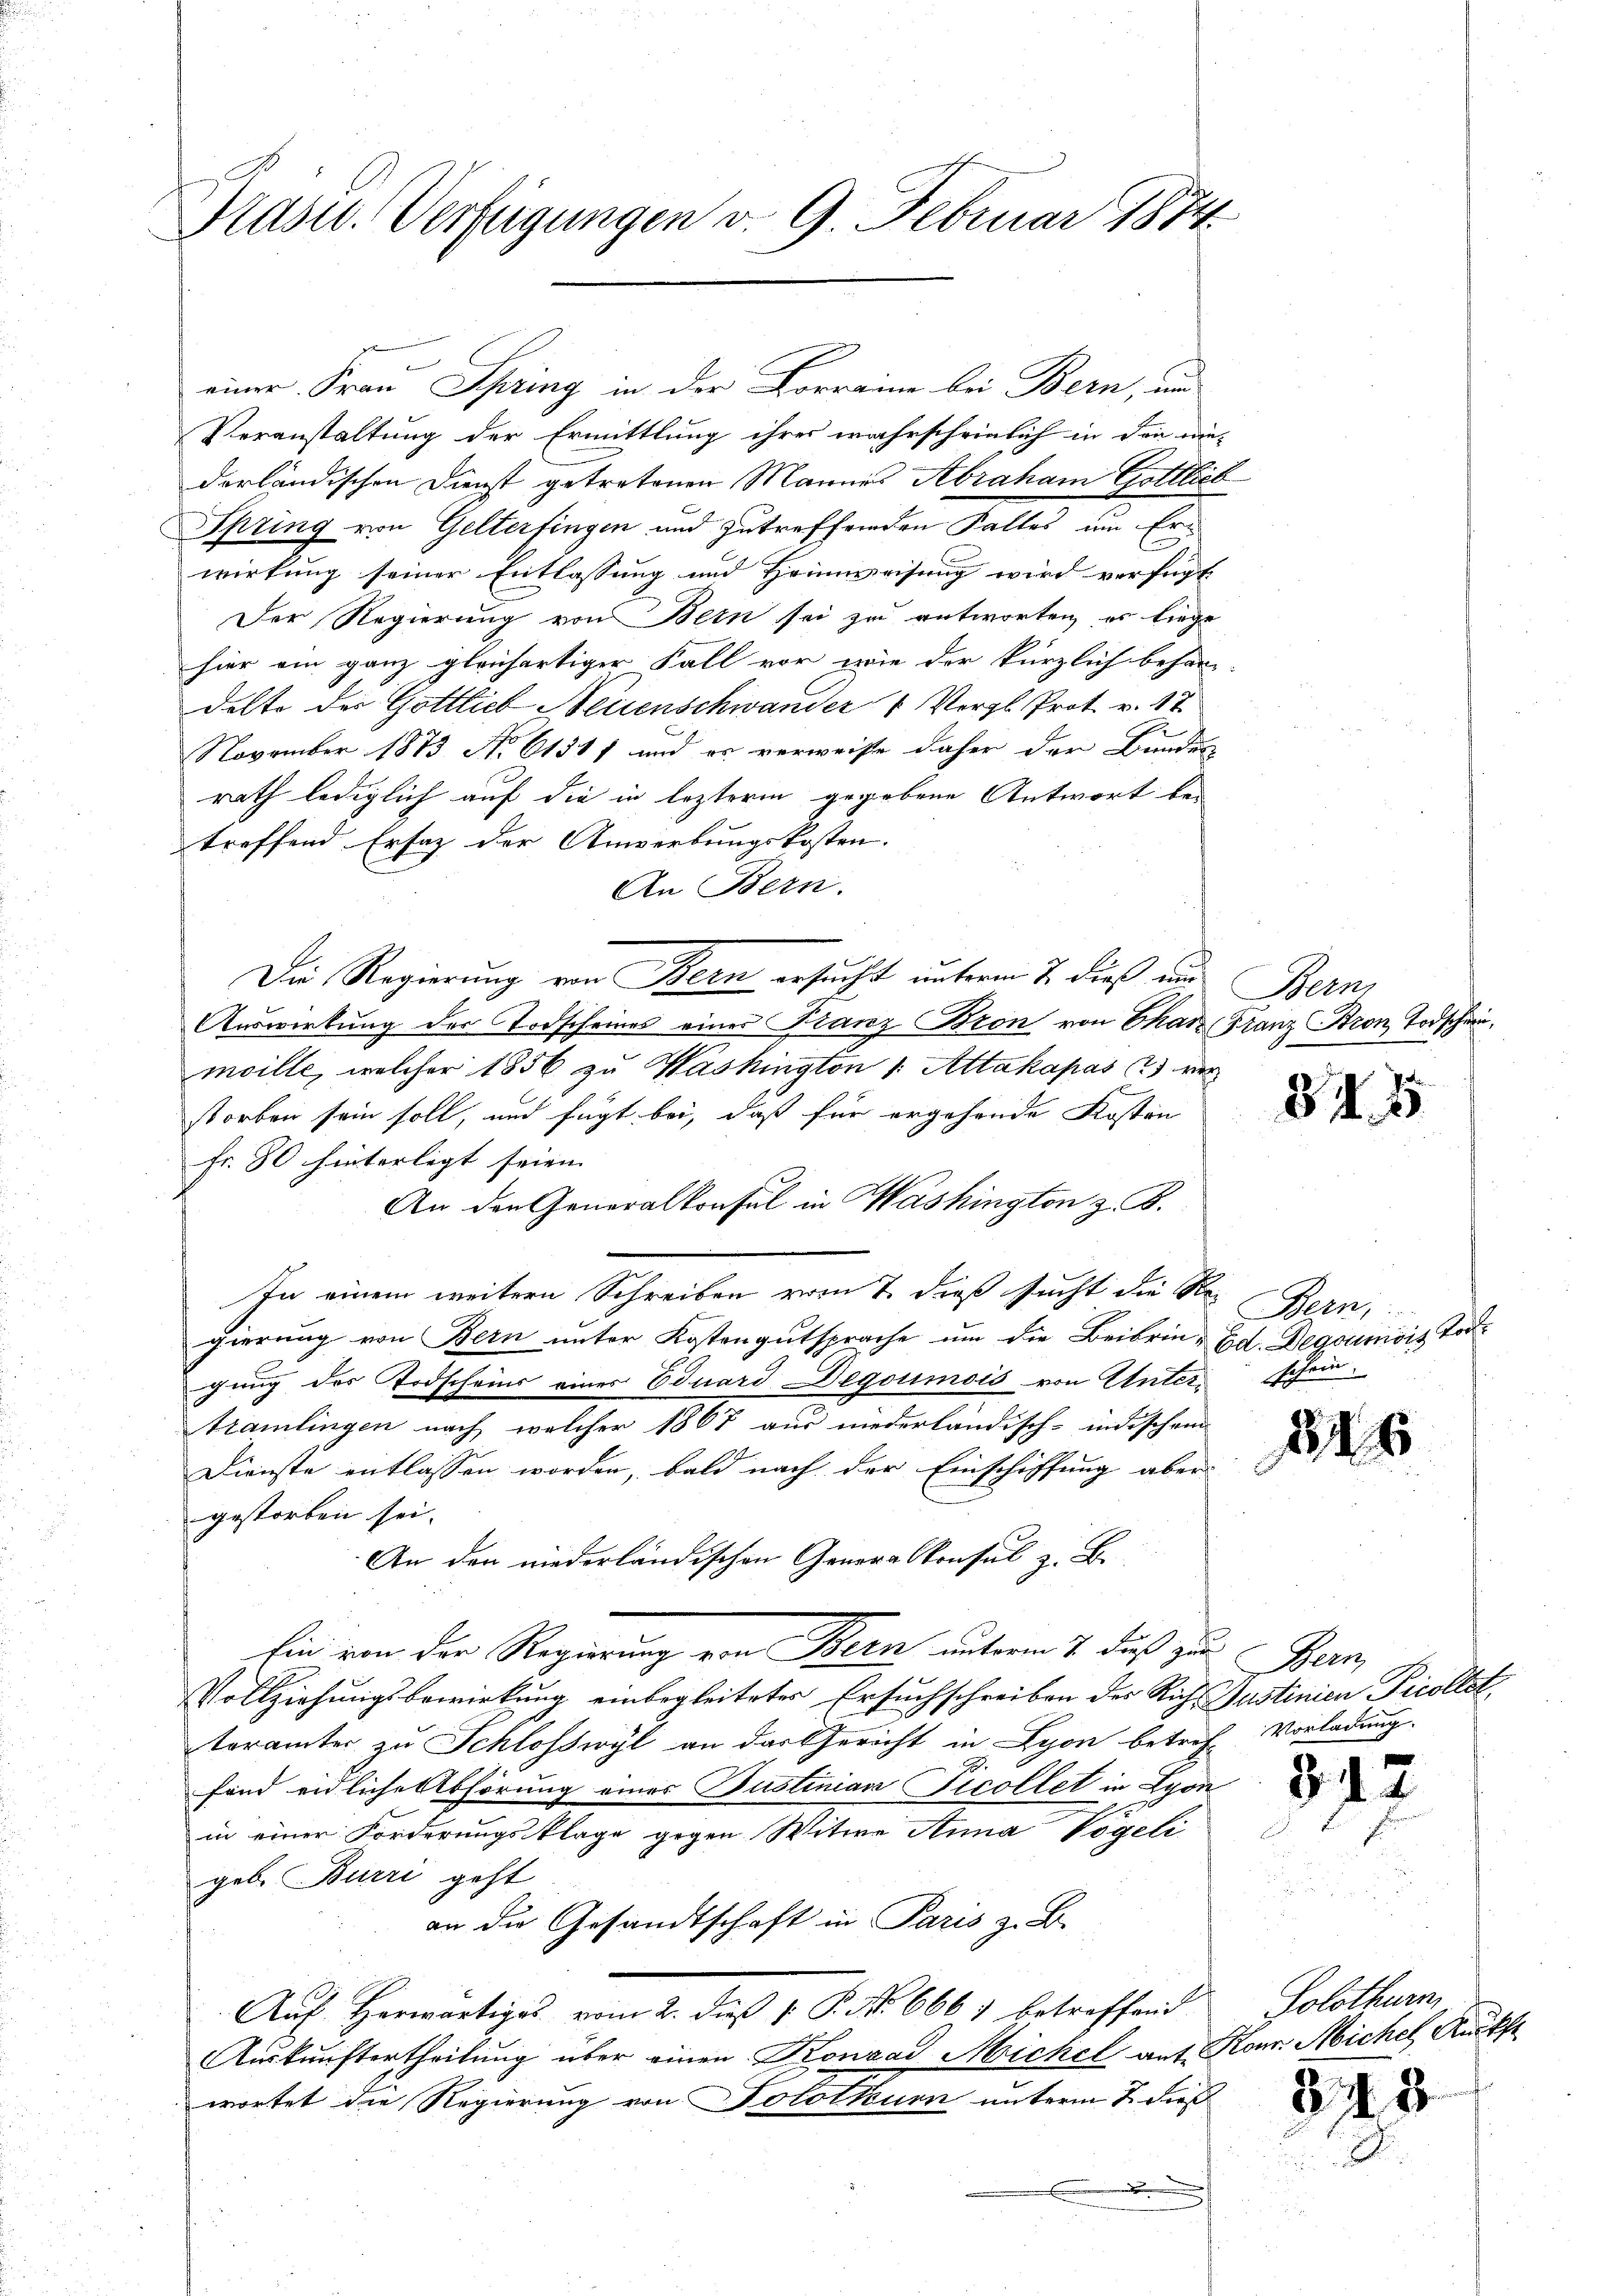
Præses. Verfügungen v. 9. Februar 1874

Veranstaltung der Ermittlung ihres wahrscheinlich in die nie- |
derländischen Dienst getretenen Mannes Abraham Gottlieb
Spring von Gelterfingen und zutreffenden Falles um Erwirkung seiner Entlassung und Heimweisung wird verfügt
Der Regierung von Bern sei zu antworten es liege
hier ein ganz gleichartiger Fall vor wie der kürzlich behar
delte der Gottlich Neuenschwander Vergl. Prot. v. 17.
November 1873 No 61511 und es verweise daher der Bundes
rath lediglich auf die in lezterm gegebene Antwort be-
treffend Erfaz der Anwerbungskosten.
An Bern.
Die Regierung von Bern ersucht unterm 7. dieß und Bern,
Auswirkung der Todscheines einer Franz Bron von Char Franz Bron Todschein,
moille, welcher 1856 zu Washington 1. Attakapas (2) ver
storben sein soll, und fügt bei, daß für ergehende Kosten
Fr. 80 hinterlegt seien. |
An den Generalkonsul in Washington z. B.
In einem weitern Schreiben vom 7. dieß sucht die Re-
gierung von Bern unter Kostengutsprache um die Beibrin- Ed. Degoumois Tod
gung des Todscheins einer Eduard Degoumois von Unter-
tramlingen nach welcher 1867 aus niederländisch-indischen
Dienste entlassen worden, bald nach der Einschiffung aber
gestorben sei.
An den niederländischen Generalkonsul z. B.
Ein von der Regierung von Bern unterm 7. daß zur Bern,
Vollziehŭngsbewirkung einbegleiteter Ersuchschreiben der Rich- Justinien Picollst,
torämter zu Schlosswyl an das Gericht in Lyon betref- Vorladung.
fand eidliche Abhörung eines Justinian Ficollet in Lyon
in einer Forderungsklage gegen Witwe Anna Vögeli
geb. Burri geht
an die Gesandtschaft in Paris z. B.
Auf Herwärtiges vom 2. daß 1 S. No. 6667 betreffend
Aŭskŭnftertheilung über einen Konrad Michel auf Konr. Michel, Ruckst
wortet die Regierung von Solothurn unterm 2. dieß
m

einer Frau Spring in der Lorraine bei Bern, und

84

Bern,
schein.

146

3

3

Solothurn,

2